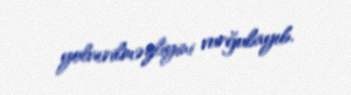
yolverilməzliyini vurğulayıb.